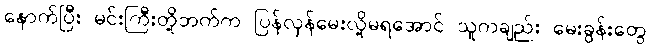
နောက်ပြီး မင်းကြီးတို့ဘက်က ပြန်လှန်မေးလို့မရအောင် သူကချည်း မေးခွန်းတွေ